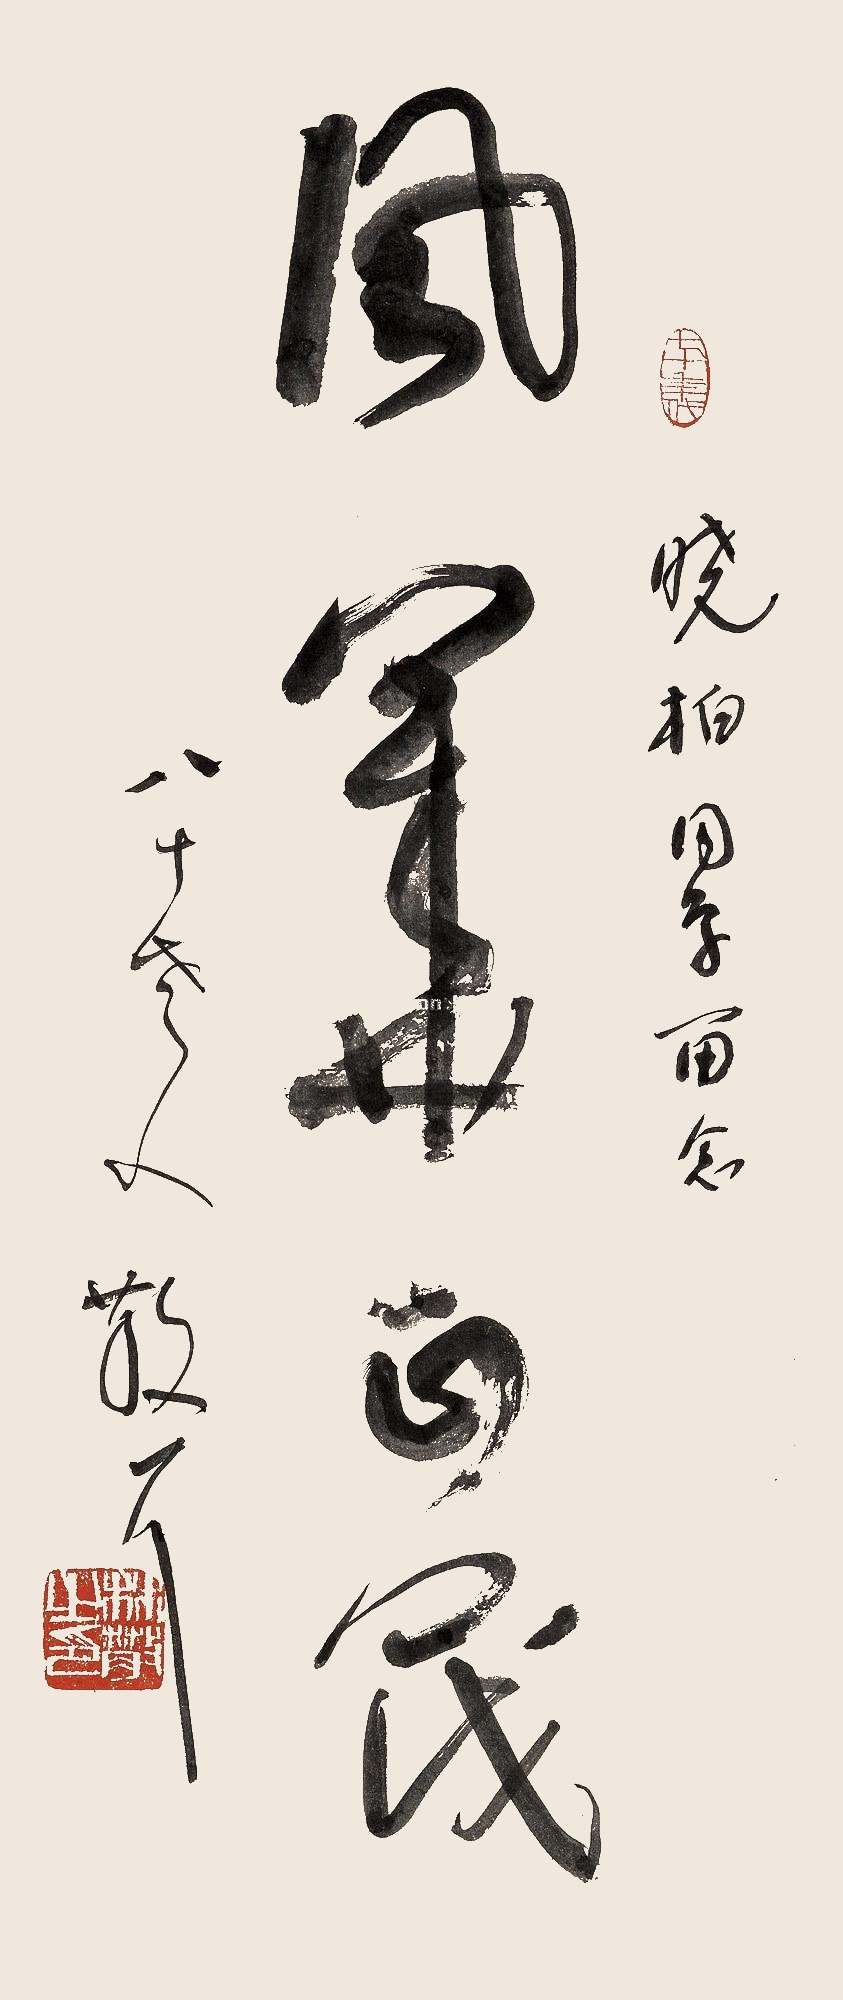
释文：风华正茂晓柏同学留念。八十老人散耳。